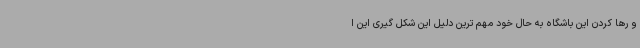
و رها کردن این باشگاه به حال خود مهم ترین دلیل این شکل گیری این ا